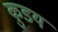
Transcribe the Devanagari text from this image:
कुडय